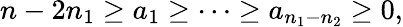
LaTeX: n-2n_{1}\geq a_{1}\geq\cdots\geq a_{n_{1}-n_{2}}\geq 0,